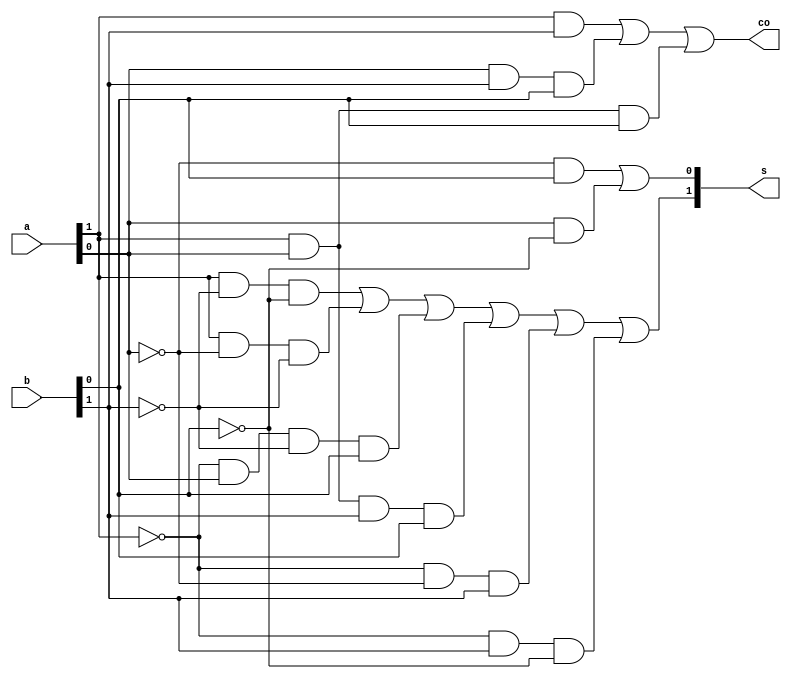
/* ----- ----- ----- ----- ----- -----
	Design: non-parallel 2bit adder
 	Filename: np_2bit_adder.v
	Coder: Gabriel Maruschi
 	Versions: /july_2024/
	----- ----- ----- ----- ----- -----
*/ 

module np_2bit_adder (co, s, a, b);
// module recieves two 2bit wires (a, b) and outputs a two bit wire for the sum (s) and a carry-out(co) which is the more significative bit of the output
output [1:0]s;   // s: sum; co: carry out;
output co;
input [1:0] a, b;    // (a, b): 2-bit input; 

// Expression parcels for s[1] were divided to clarify the logic
wire aux0 = (a[1]) & (~ b[1]) & (~ b[0]);
wire aux1 = (a[1]) & (~ a[0]) & (~ b[1]);
wire aux2 = (~ a[1]) & (a[0]) & (~ b[1]) & (b[0]);
wire aux3 = (a[1]) & (a[0]) & (b[1]) & (b[0]);
wire aux4 = (~ a[1]) & (~ a[0]) & (b[1]);
wire aux5 = (~ a[1]) & (b[1]) & (~ b[0]);
assign s[1] = aux0 | aux1 | aux2 | aux3 | aux4 | aux5;

assign s[0] = ((~ a[0]) & (b[0])) | ((a[0]) & (~ b[0]));

assign co = (a[1] & b[1]) | (a[0] & b[1] & b[0]) | (a[1] & a[0] & b[0]);
endmodule